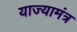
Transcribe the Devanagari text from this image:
याज्यामंत्र